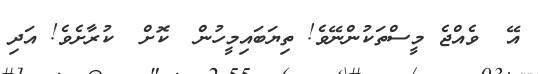
އޭ  ވެއްޖެ މީސްތަކުންނޭވެ! ތިޔަބައިމީހުން  ކޮށް  ކުރާށެވެ! އަދި